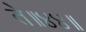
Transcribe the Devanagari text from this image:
ते॥४४॥